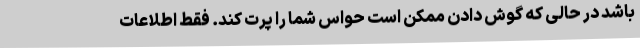
باشد در حالی که گوش دادن ممکن است حواس شما را پرت کند. فقط اطلاعات